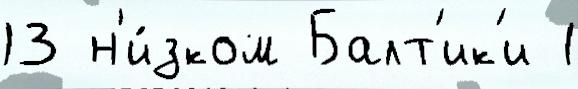
13 н'и́зком Балт'ик'и 1